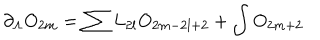
\partial _ { \Lambda } O _ { 2 m } = \sum L _ { 2 l } O _ { 2 m - 2 l + 2 } + \int O _ { 2 m + 2 }